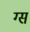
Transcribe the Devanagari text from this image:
ग्स